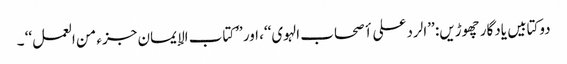
دوکتابیں یادگار چھوڑیں: ’’الرد علی أصحاب الہوی‘‘، اور ’’کتاب الإیمان جزء من العمل‘‘ ۔